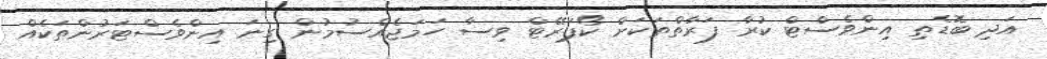
އަދި ބޮޑެތި އިންވެސްޓް ކުރާ ފަރާތްތަކަށް ކޯޕަރޭޓް ވިސާ ހަމަޖެއްސުމުން ގިނަ އިންވެސްޓަރުންތަކެއް